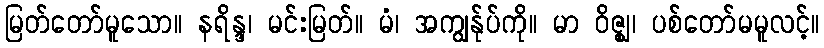
မြတ်တော်မူသော။ နရိန္ဒ၊ မင်းမြတ်။ မံ၊ အကျွန်ုပ်ကို။ မာ ဝိဇ္ဈ၊ ပစ်တော်မမူလင့်။